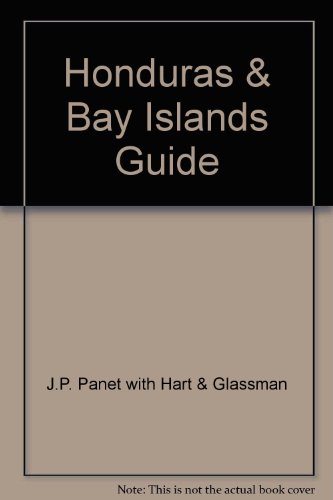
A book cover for Honduras & Bay Islands Guide; J.P. Panet with Hart & Glassman; Travel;